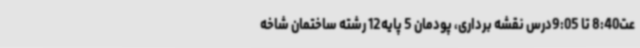
عت8:40 تا 9:05درس نقشه برداری، پودمان 5 پایه12 رشته ساختمان شاخه